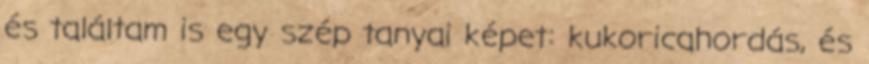
és találtam is egy szép tanyai képet: kukoricahordás, és